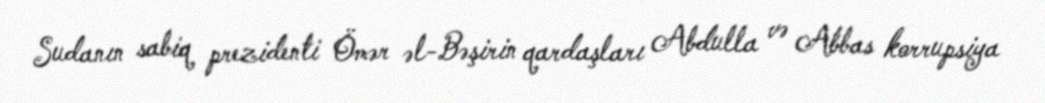
Sudanın sabiq prezidenti Ömər əl-Bəşirin qardaşları Abdulla və Abbas korrupsiya